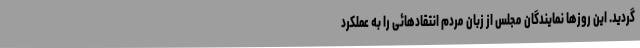
گردید. این روزها نمایندگان مجلس از زبان مردم انتقادهائی را به عملکرد